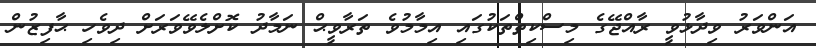
އަންވަރު ވިދާޅުވީ ރާއްޖޭގެ މިސްކިތްތަކުގައި އިމާމުވެ ތަރާވީޙް ނަމާދު ކޮށްލެވޭވަރަށް ދިވެހި ޙާފިޒުން